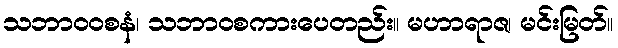
သဘာဝဝစနံ၊ သဘာဝစကားပေတည်း။ မဟာရာဇ၊ မင်းမြတ်။